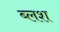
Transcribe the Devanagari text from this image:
ब्लश